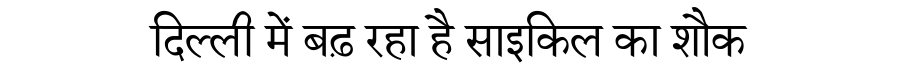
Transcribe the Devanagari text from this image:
दिल्ली में बढ़ रहा है साइकिल का शौक